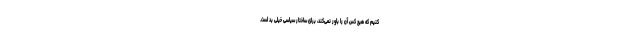
کنیم که هیچ کس آن را باور نمی‌کند، برای ساختار سیاسی خیلی بد است.